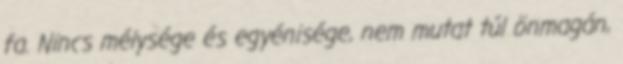
fa. Nincs mélysége és egyénisége, nem mutat túl önmagán,